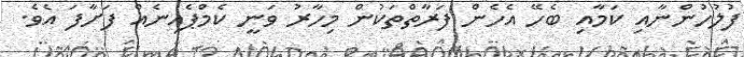
ފުލުހުންނާއި ކަމާއި ބެހޭ އެހެން ފަރާތްތަކުން މިހާރު ވަނީ ކެމްޕެއިނެއް ފަށާފަ އެވެ.